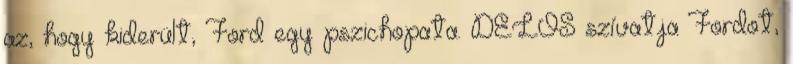
az, hogy kiderült, Ford egy pszichopata. DELOS szívatja Fordot,